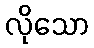
လိုသော